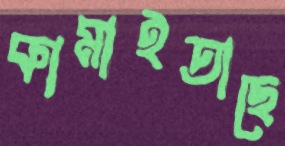
কামাইতাছে